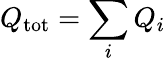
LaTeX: Q_{\mathrm{tot}}=\sum_{i}Q_{i}